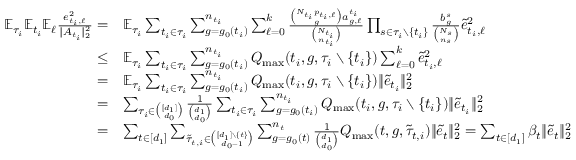
\begin{array} { r l } { \mathbb { E } _ { \tau _ { i } } \mathbb { E } _ { t _ { i } } \mathbb { E } _ { \ell } \frac { e _ { t _ { i } , \ell } ^ { 2 } } { \| A _ { t _ { i } } \| _ { 2 } ^ { 2 } } = } & { \mathbb { E } _ { \tau _ { i } } \sum _ { { t _ { i } } \in \tau _ { i } } \sum _ { g = g _ { 0 } ( { t _ { i } } ) } ^ { n _ { t _ { i } } } \sum _ { \ell = 0 } ^ { k } \frac { \binom { N _ { t _ { i } } p _ { { t _ { i } } , \ell } } { g } a _ { g , \ell } ^ { t _ { i } } } { \binom { N _ { t _ { i } } } { n _ { t _ { i } } } } \prod _ { s \in \tau _ { i } \setminus \{ t _ { i } \} } \frac { b _ { g } ^ { s } } { \binom { N _ { s } } { n _ { s } } } \Tilde { e } _ { t _ { i } , \ell } ^ { 2 } } \\ { \leq } & { \mathbb { E } _ { \tau _ { i } } \sum _ { { t _ { i } } \in \tau _ { i } } \sum _ { g = g _ { 0 } ( { t _ { i } } ) } ^ { n _ { t _ { i } } } Q _ { \operatorname* { m a x } } ( t _ { i } , g , \tau _ { i } \setminus \{ t _ { i } \} ) \sum _ { \ell = 0 } ^ { k } \Tilde { e } _ { t _ { i } , \ell } ^ { 2 } } \\ { = } & { \mathbb { E } _ { \tau _ { i } } \sum _ { { t _ { i } } \in \tau _ { i } } \sum _ { g = g _ { 0 } ( { t _ { i } } ) } ^ { n _ { t _ { i } } } Q _ { \operatorname* { m a x } } ( t _ { i } , g , \tau _ { i } \setminus \{ t _ { i } \} ) \| \Tilde { e } _ { t _ { i } } \| _ { 2 } ^ { 2 } } \\ { = } & { \sum _ { \tau _ { i } \in \binom { [ d _ { 1 } ] } { d _ { 0 } } } \frac { 1 } { \binom { d _ { 1 } } { d _ { 0 } } } \sum _ { { t _ { i } } \in \tau _ { i } } \sum _ { g = g _ { 0 } ( { t _ { i } } ) } ^ { n _ { t _ { i } } } Q _ { \operatorname* { m a x } } ( t _ { i } , g , \tau _ { i } \setminus \{ t _ { i } \} ) \| \Tilde { e } _ { t _ { i } } \| _ { 2 } ^ { 2 } } \\ { = } & { \sum _ { t \in [ d _ { 1 } ] } \sum _ { \Tilde { \tau } _ { t , i } \in \binom { [ d _ { 1 } ] \setminus \{ t \} } { d _ { 0 } - 1 } } \sum _ { g = g _ { 0 } ( { t } ) } ^ { n _ { t } } \frac { 1 } { \binom { d _ { 1 } } { d _ { 0 } } } Q _ { \operatorname* { m a x } } ( t , g , \tilde { \tau } _ { t , i } ) \| \tilde { e } _ { t } \| _ { 2 } ^ { 2 } = \sum _ { t \in [ d _ { 1 } ] } \beta _ { t } \| \tilde { e } _ { t } \| _ { 2 } ^ { 2 } } \end{array}